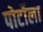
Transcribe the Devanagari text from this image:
पोर्टोला